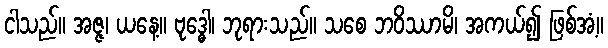
ငါသည်။ အဇ္ဇ၊ ယနေ့။ ဗုဒ္ဓေါ၊ ဘုရားသည်။ သစေ ဘဝိဿာမိ၊ အကယ်၍ ဖြစ်အံ့။